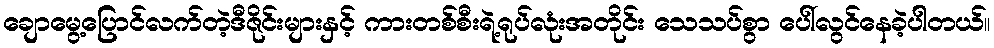
ချောမွေ့ပြောင်လက်တဲ့ဒီဇိုင်းများနှင့် ကားတစ်စီးရဲ့ရုပ်လုံးအတိုင်း သေသပ်စွာ ပေါ်လွင်နေခဲ့ပါတယ်။